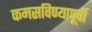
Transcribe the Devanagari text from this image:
कमसविण्यापूर्वी